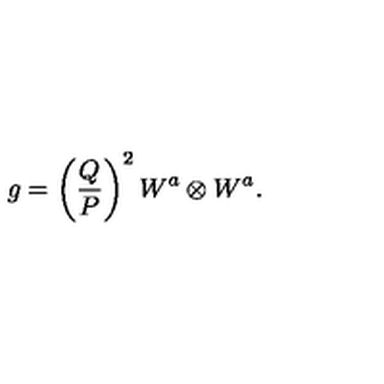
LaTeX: g = \left( \frac { Q } { P } \right) ^ { 2 } W ^ { a } \otimes W ^ { a } .